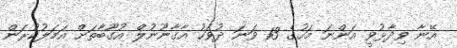
އޭނާ ވިދާޅުވީ އަންނަ މަހުގެ 13 ވަނަ ދުވަހު އާގާނޫނުލް އުގޫބާތަށް އަމަލުކުރަން